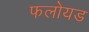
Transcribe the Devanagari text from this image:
फलोयड